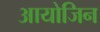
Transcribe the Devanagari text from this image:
आयोजिन